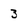
Character: 3